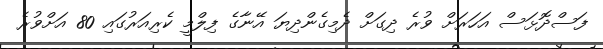
ފަސްދޮޅަސް އަހަރަށް ވުރެ ދިގަށް ދެމިގެންދިޔަ އޭނާގެ ފިލްމީ ކެރިއަރުގައި 80 އަށްވުރެ